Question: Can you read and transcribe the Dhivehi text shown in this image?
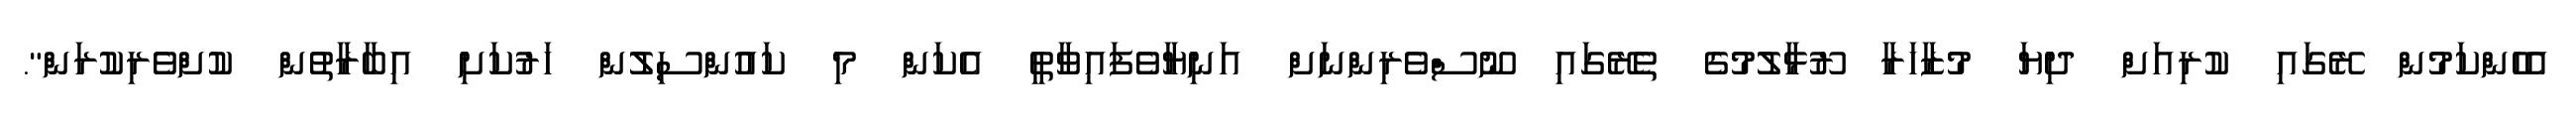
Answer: އެހެންކަމުން ރޭގައި ކުރިއަށް ދިޔަ މުޒާހަރާ ރޫޅާލުމުގެ ތެރޭގައި ނޫސްވެރިންނަށް އަނިޔާވެފައިވާތީ އެކަން މި ކައުންސިލުން ހަރުކަށި އިބާރާތުން ކުށްވެރިކުރަން".